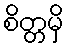
စိတ္တမှိ